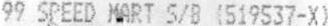
99 SPEED MART S/B (519537-X)